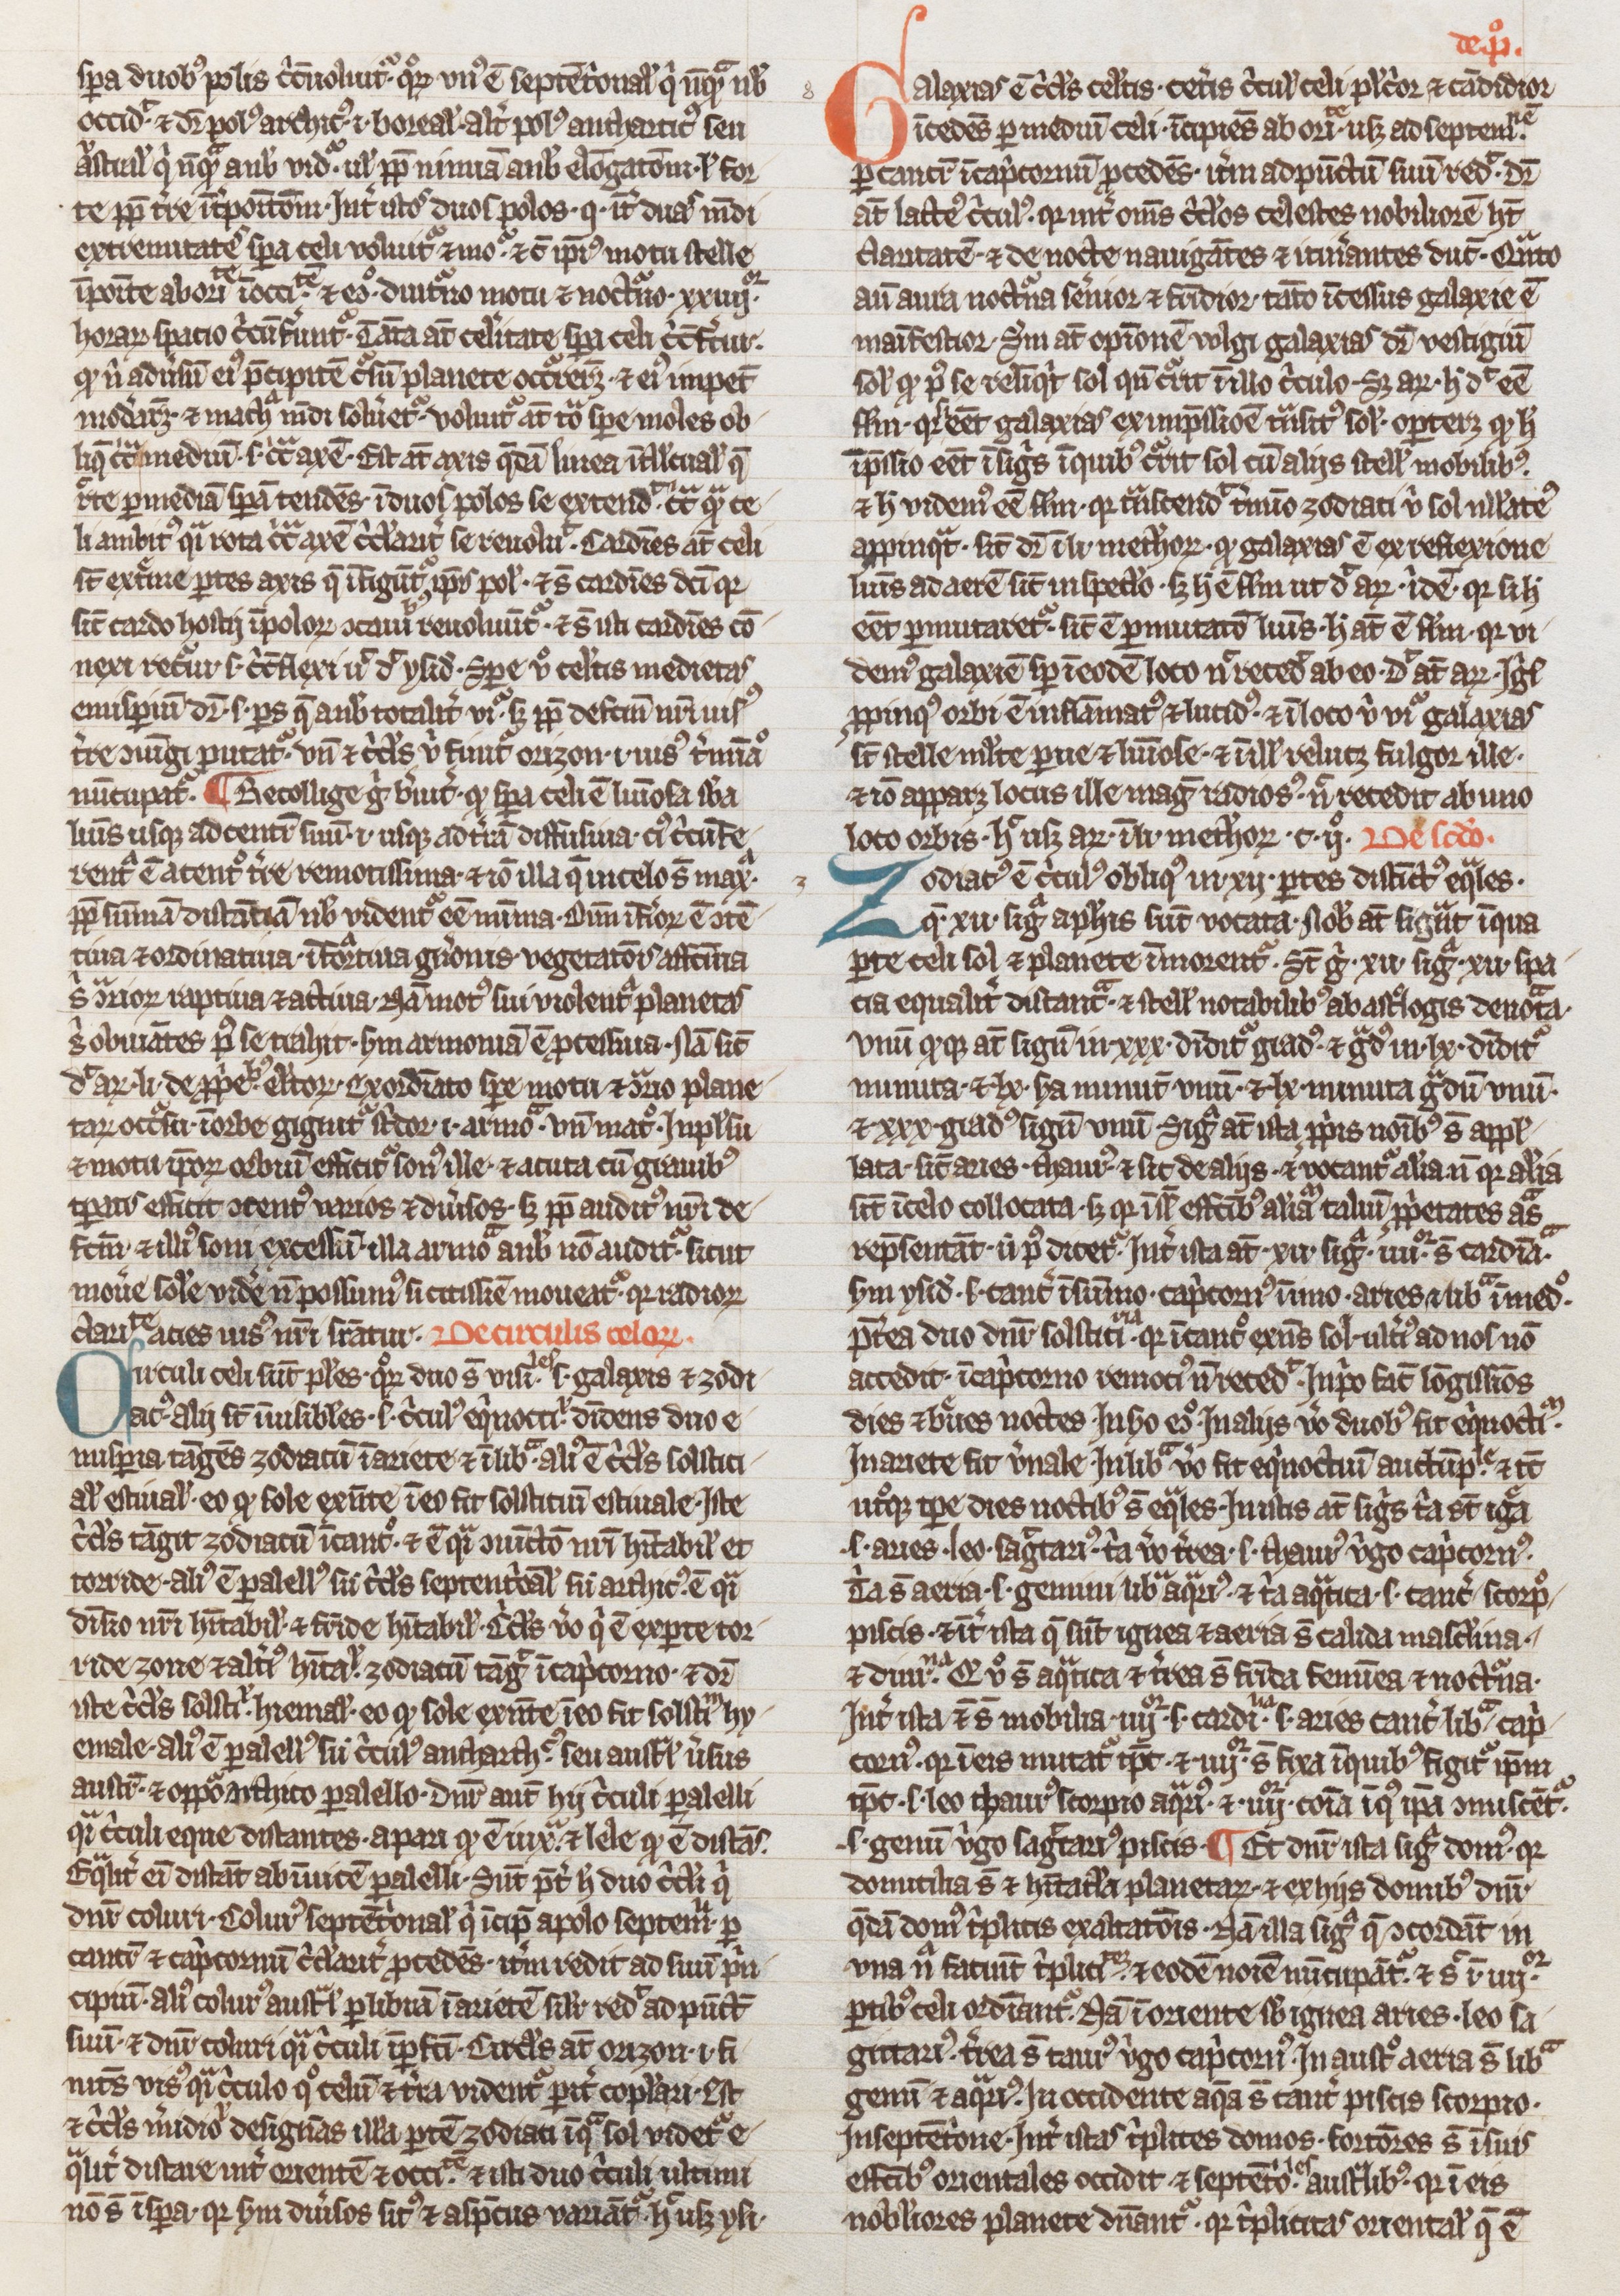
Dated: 1300–1399